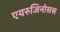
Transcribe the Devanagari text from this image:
एयरुजिनोसस